Papers set at the Examination for Leaving Certificates, 1891
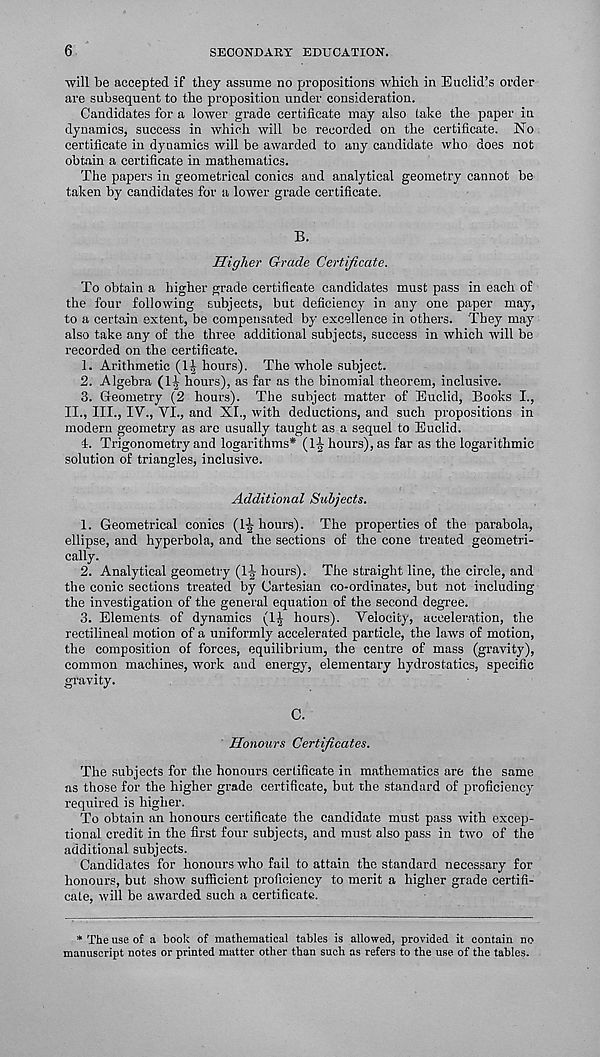
6
SECONDARY EDUCATION.
will be accepted if they assume no propositions which in Euclid’s order
are subsequent to the proposition under consideration.
Candidates for a lower grade certificate may also take the paper in
dynamics, success in which will bo recorded on the certificate. No
certificate in dynamics will be awarded to any candidate who does not
obtain a certificate in mathematics.
The papers in geometrical conics and analytical geometry cannot be
taken by candidates for a lower grade certificate.
B.
Higher Grade Certificate.
To obtain a higher grade certificate candidates must pass in each of
the four following subjects, but deficiency in any one paper may,
to a certain extent, be compensated by excellence in others. They may
also take any of the three additional subjects, success in which will be
recorded on the certificate.
1. Arithmetic (1^ hours). The whole subject.
2. Algebra (1^ hours), as far as the binomial theorem, inclusive.
3. Geometry (2 hours). The subject matter of Euclid, Books I.,
II., III., IV., VI., and XI., with deductions, and such propositions in
modern geometry as are usually taught as a sequel to Euclid.
4. Trigonometry and logarithms* (la bours), as far as the logarithmic
solution of triangles, inclusive.
Additional Subjects.
1. Geometrical conics (l-^ hours). The properties of the parabola,
ellipse, and hyperbola, and the sections of the cone treated geometri-
cally.
2. Analytical geometry (1^ hours). The straight line, the circle, and
the conic sections treated by Cartesian co-ordinates, but not including
the investigation of the general equation of the second degree.
3. Elements of dynamics (1^ hours). Velocity, acceleration, the
rectilineal motion of a uniformly accelerated particle, the laws of motion,
the composition of forces, equilibrium, the centre of mass (gravity),
common machines, work and energy, elementary hydrostatics, specific
gravity.
C.
Honours Certificates.
The subjects for the honours certificate in mathematics are the same
as those for the higher grade certificate, but the standard of proficiency
required is higher.
To obtain an honours certificate the candidate must pass with excep-
tional credit in the first four subjects, and must also pass in two of the
additional subjects.
Candidates for honours who fail to attain the standard necessary for
honours, but show sufficient proficiency to merit a higher grade certifi-
cate, will be awarded such a certificate.
* The use of a book of mathematical tables is allowed, provided it contain no
manuscript notes or printed matter other than such as refers to the use of the tables.